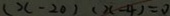
( x - 2 0 ) ( x - 4 ) = 0